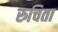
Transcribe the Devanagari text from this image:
रुचिता